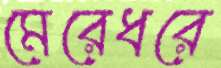
মেরেধরে